Vaccination in Burma 1900-1911 - 1900-1911
Year: 1900
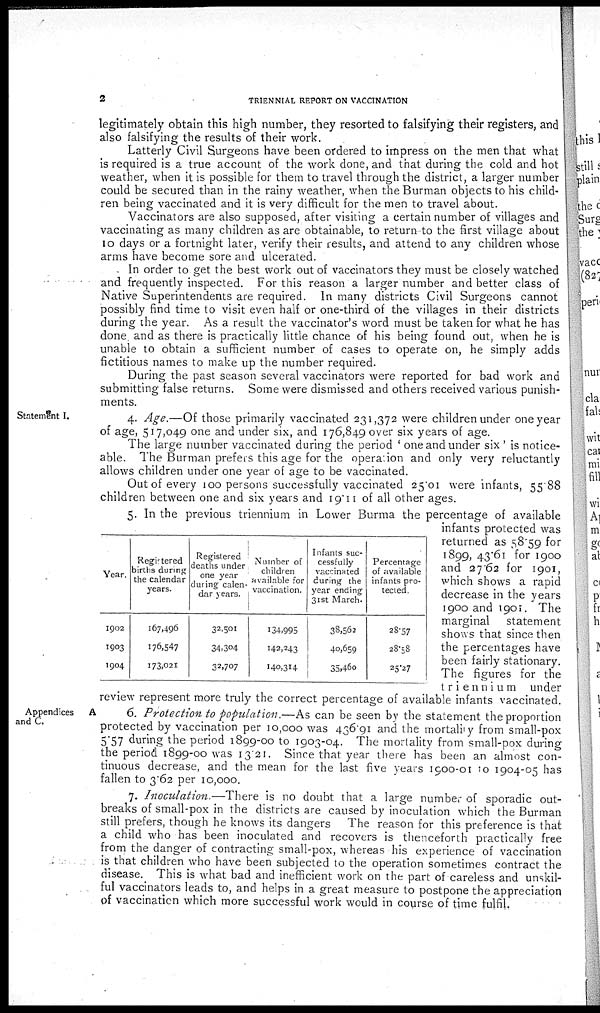
2
TRIENNIAL REPORT ON VACCINATION
legitimately obtain this high number, they resorted to falsifying their registers, and
also falsifying the results of their work.
Latterly Civil Surgeons have been ordered to impress on the men that what
is required is a true account of the work done, and that during the cold and hot
weather, when it is possible for them to travel through the district, a larger number
could be secured than in the rainy weather, when the Burman objects to his child-
ren being vaccinated and it is very difficult for the men to travel about.
Vaccinators are also supposed, after visiting a certain number of villages and
vaccinating as many children as are obtainable, to return to the first village about
10 days or a fortnight later, verify their results, and attend to any children whose
arms have become sore and ulcerated.
In order to get the best work out of vaccinators they must be closely watched
and frequently inspected. For this reason a larger number and better class of
Native Superintendents are required. In many districts Civil Surgeons cannot
possibly find time to visit even half or one-third of the villages in their districts
during the year. As a result the vaccinator's word must be taken for what he has
done and as there is practically little chance of his being found out, when he is
unable to obtain a sufficient number of cases to operate on, he simply adds
fictitious names to make up the number required.
During the past season several vaccinators were reported for bad work and
submitting false returns. Some were dismissed and others received various punish-
ments.
Statement I.
Year.
1902
1903
1904
Registered
births during
the calendar
years.
167,496
176,547
173,021
Registered
deaths under
one year
during calen-
dar years.
32,501
34,304
32,707
Number of
children
available for
vaccination.
134,995
142,243
140,314
Infants suc-
cessfully
vaccinated
during the
year ending
31st March.
38,562
40,659
35,460
Percentage
of available
infants pro-
tected.
28.57
28.58
25.27
4. Age.—Of those primarily vaccinated 231,372 were children under one year
of age, 517,049 one and under six, and 176,849 over six years of age.
The large number vaccinated during the period ' one and under six ' is notice-
able. The Burman prefers this age for the operation and only very reluctantly
allows children under one year of age to be vaccinated.
Out of every 100 persons successfully vaccinated 25.01 were infants, 55.88
children between one and six years and 19.11 of all other ages.
5. In the previous triennium in Lower Burma the percentage of available
infants protected was
returned as 58.59 for
1899, 43.61 for 1900
and 27.62 for 1901,
which shows a rapid
decrease in the years
1900 and 1901. The
marginal statement
shows that since then
the percentages have
been fairly stationary.
The figures for the
triennium under
review represent more truly the correct percentage of available infants vaccinated.
Appendices
A
and C.
6. Protection to population.—As can be seen by the statement the proportion
protected by vaccination per 10,000 was 436.91 and the mortality from small-pox
5.57 during the period 1899-00 to 1903-04. The mortality from small-pox during
the period 1899-00 was 13.21. Since that year there has been an almost con-
tinuous decrease, and the mean for the last five years 1900-01 to 1904-05 has
fallen to 3.62 per 10,000.
7. Inoculation.—There is no doubt that a large number of sporadic out-
breaks of small-pox in the districts are caused by inoculation which the Burman
still prefers, though he knows its dangers The reason for this preference is that
a child who has been inoculated and recovers is thenceforth practically free
from the danger of contracting small-pox, whereas his experience of vaccination
is that children who have been subjected to the operation sometimes contract the
disease. This is what bad and inefficient work on the part of careless and unskil-
ful vaccinators leads to, and helps in a great measure to postpone the appreciation
of vaccination which more successful work would in course of time fulfil.